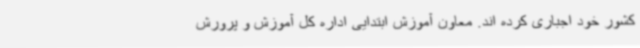
کشور خود اجباری کرده اند. معاون آموزش ابتدایی اداره کل آموزش و پرورش